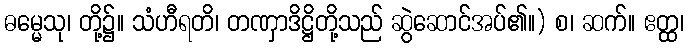
ဓမ္မေသု၊ တို့၌။ သံဟီရတိ၊ တဏှာဒိဋ္ဌိတို့သည် ဆွဲဆောင်အပ်၏။) စ၊ ဆက်။ ဧတ္ထ၊